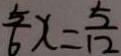
\frac { 5 } { 6 } x = \frac { 5 } { 1 2 }